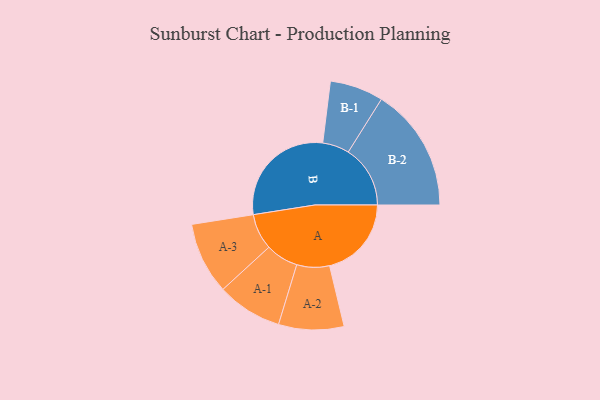
{"axis": {"x": "Segment", "y": "Value"}, "legend": ["", "A", "B"], "data": [{"x": "A", "y": 321, "type": ""}, {"x": "B", "y": 445, "type": ""}, {"x": "A-1", "y": 128, "type": "A"}, {"x": "A-2", "y": 128, "type": "A"}, {"x": "A-3", "y": 141, "type": "A"}, {"x": "B-1", "y": 105, "type": "B"}, {"x": "B-2", "y": 243, "type": "B"}]}